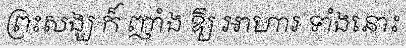
ព្រះសង្ឃ ក៏ ញាំង ឱ្យ អាហារ ទាំងនោះ